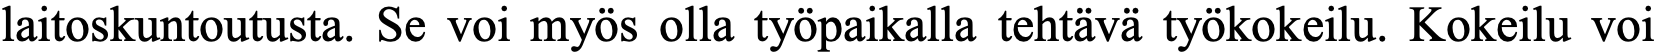
laitoskuntoutusta. Se voi myös olla työpaikalla tehtävä työkokeilu. Kokeilu voi